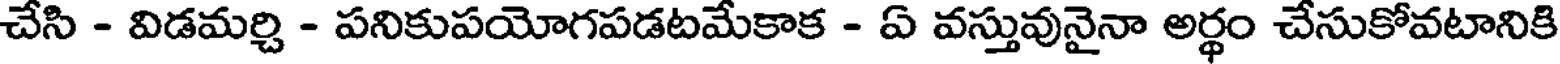
చేసి - విడమర్చి - పనికుపయోగపడటమేకాక - ఏ వస్తువునైనా అర్థం చేసుకోవటానికి